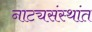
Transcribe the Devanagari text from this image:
नाट्यसंस्थांत